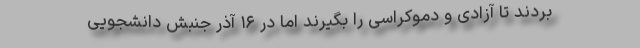
بردند تا آزادی و دموکراسی را بگیرند امّا در ۱۶ آذر جنبش دانشجویی